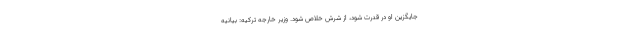
جایگزین او در قدرت شود، از شرش خلاص شود. وزیر خارجه ترکیه: بیانیه